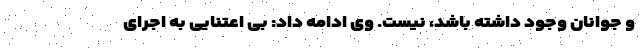
و جوانان وجود داشته باشد، نیست. وی ادامه داد: بی اعتنایی به اجرای